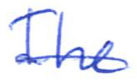
Text: The
Cross-out: single-line
Writing tool: ballpoint